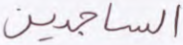
الساجدين